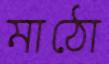
মাঠো